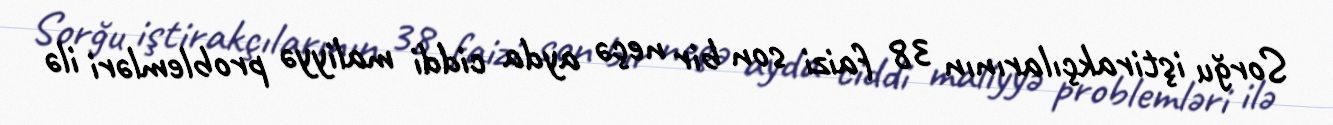
Sorğu iştirakçılarının 38 faizi son bir neçə ayda ciddi maliyyə problemləri ilə